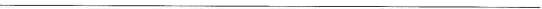
___